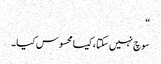
“
سوچ نہیں سکتا ، کیسا محسوس کیا ۔